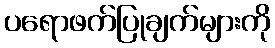
ပရောဖက်ပြုချက်များကို